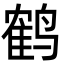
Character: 鹤